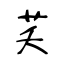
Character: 芺